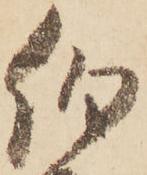
伯